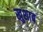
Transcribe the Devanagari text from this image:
खुशाब